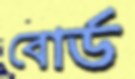
বোর্ড